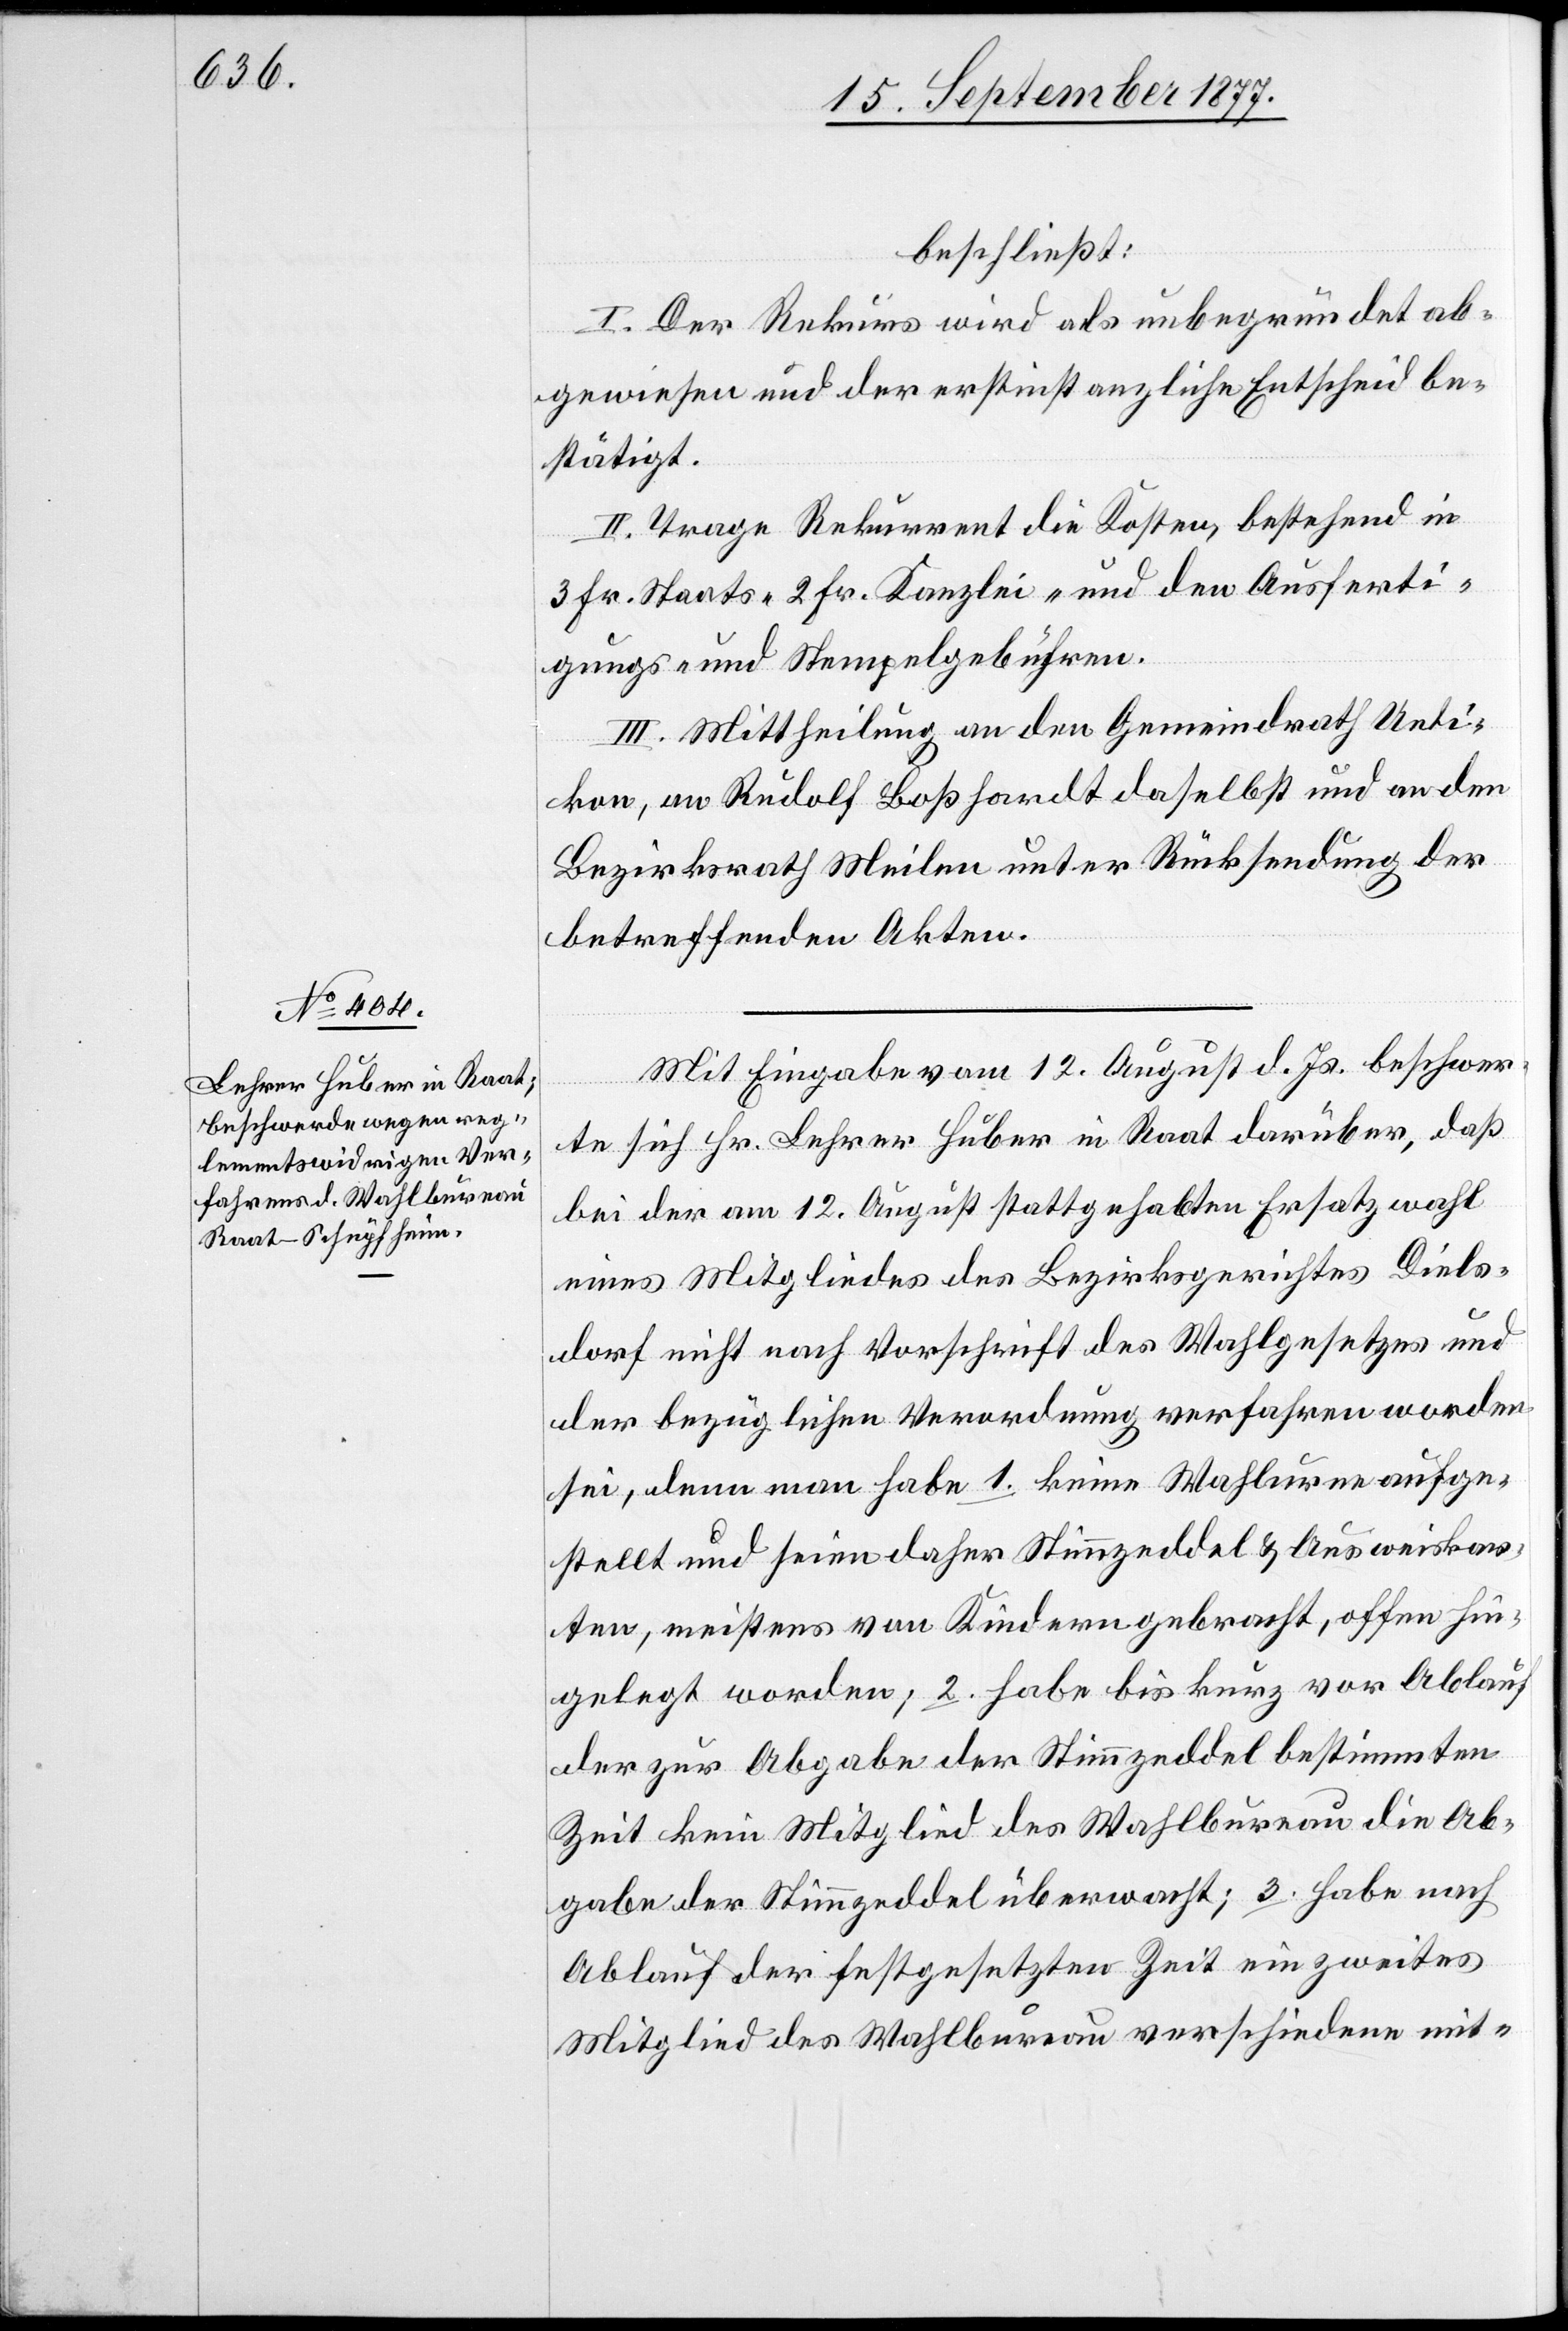
beschließt:
I. Der Rekurs wird als unbegründet ab¬
gewiesen und der erstinstanzliche Entscheid be¬
stätigt.
II. Trage Rekurrent die Kosten, bestehend in
3 Fr. Staats-[,] 2 Fr. Kanzlei- und den Ausferti¬
gungs- und Stempelgebühren.
III. Mittheilung an den Gemeindrath Ueti¬
kon, an Rudolf Boßhardt daselbst und an den
Bezirksrath Meilen unter Rücksendung der
betreffenden Akten.
Mit Eingabe vom 12. August d. Js. beschwer¬
te sich Hr. Lehrer Huber in Raat darüber, daß
bei der am 12. August stattgehabten Ersatzwahl
eines Mitgliedes des Bezirksgerichtes Diels¬
dorf nicht nach Vorschrift des Wahlgesetzes und
der bezüglichen Verordnung verfahren worden
sei, denn man habe 1. keine Wahlurne aufge¬
stellt und seien daher Stimmzeddel & Ausweiskar¬
ten, meistens von Kindern gebracht, offen hin¬
gelegt worden; 2. habe bis kurz vor Ablauf
der zur Abgabe der Stimmzeddel bestimmten
Zeit kein Mitglied des Wahlbureau die Ab¬
gabe der Stimmzeddel überwacht; 3. habe nach
Ablauf der festgesetzten Zeit ein zweites
Mitglied des Wahlbureau verschiedene mit-